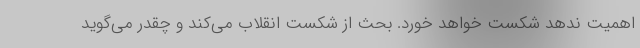
اهمیت ندهد شکست خواهد خورد. بحث از شکست انقلاب می‌کند و چقدر می‌گوید